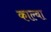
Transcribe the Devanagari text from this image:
काल्बा